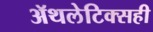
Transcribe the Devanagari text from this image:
ॲथलेटिक्सही